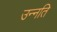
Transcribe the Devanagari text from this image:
उन्‍नति